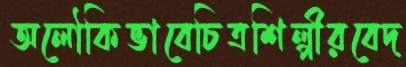
অলৌকিভাবেচিত্রশিল্পীরবেদ